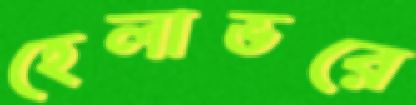
হেলাভরে